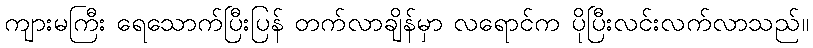
ကျားမကြီး ရေသောက်ပြီးပြန် တက်လာချိန်မှာ လရောင်က ပိုပြီးလင်းလက်လာသည်။